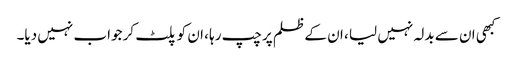
کبھی ان سے بدلہ نہیں لیا ، ان کے ظلم پر چپ رہا ، ان کو پلٹ کر جواب نہیں دیا۔